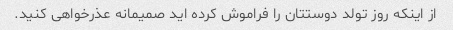
از اینکه روز تولد دوستتان را فراموش کرده اید صمیمانه عذرخواهی کنید.